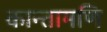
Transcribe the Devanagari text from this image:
कान्तामणि